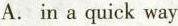
A. in a quick way